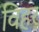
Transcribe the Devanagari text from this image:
विहर